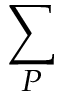
\sum _ { P }